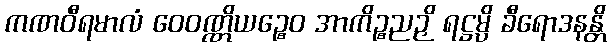
ကဏဝီရမာလံ ဝေဝဏ္ဏိယဉ္စေဝ အာကိဉ္စညဉှိ ရဋ္ဌမ္ပိ ခီရောဒနန္တိ